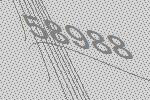
58988